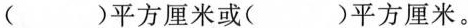
( )平方厘米或( )平方厘米。